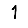
Digit: 1